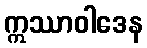
ဣဿာဝါဒေန